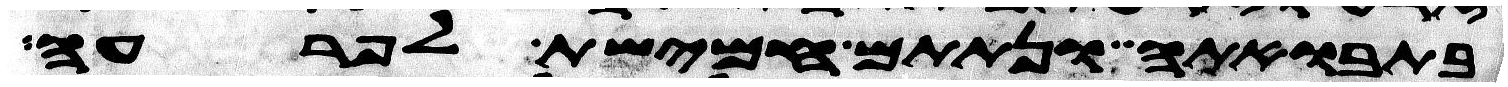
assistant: בתבואתה ונתתם חמישת לפרעה